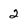
Character: 2